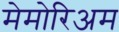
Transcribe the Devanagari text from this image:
मेमोरिअम